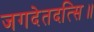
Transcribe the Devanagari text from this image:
जगदेतदत्सि॥